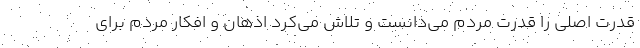
قدرت اصلی را قدرت مردم می‌دانست و تلاش می‌کرد اذهان و افکار مردم برای